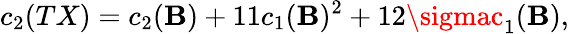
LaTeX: c_{2}(TX)=c_{2}(\mathbf{B})+11c_{1}(\mathbf{B})^{2}+12\sigmac_{1}(\mathbf{B}),